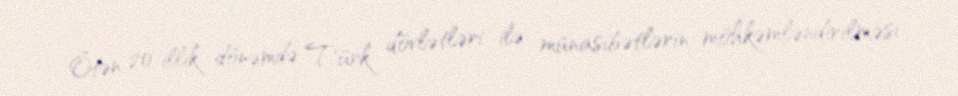
Ötən 20 illik dönəmdə Türk dövlətləri ilə münasibətlərin möhkəmləndirilməsi